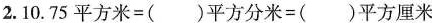
2.$$1 0 . 7 5 平 方 米= ( ) 平 方 分 米 = ( ) 平 方 厘 米$$